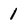
Character: 1